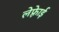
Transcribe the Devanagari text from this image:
लेफ़्रेाई